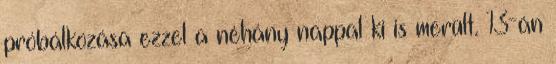
próbálkozása ezzel a néhány nappal ki is merült. 13-án